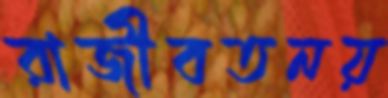
রাজীবতনয়